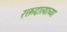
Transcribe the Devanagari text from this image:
रक्तदात्याच्या